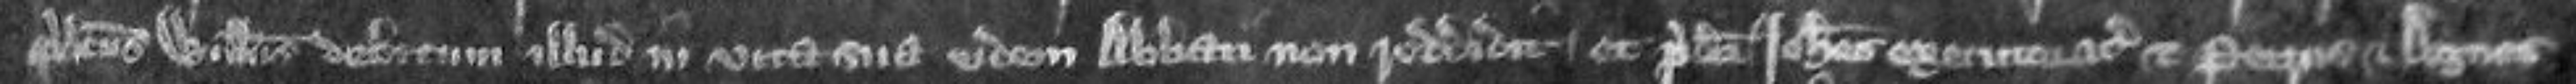
predictus Willelmus debitum illud in vita sua eidem abbati non reddidit et predicti Johannes executor etc et Petrus et Agnes